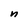
Character: n